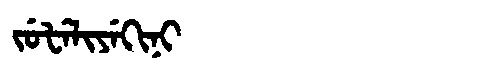
Manchu: ᠵᡠᡶᡝᠯᡳᠶᡝᡴᡳᠨᡳ
Romanization: JUFELIYEKINI